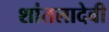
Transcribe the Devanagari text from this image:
शांतलादेवी